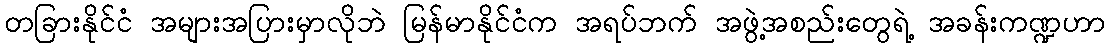
တခြားနိုင်ငံ အများအပြားမှာလိုဘဲ မြန်မာနိုင်ငံက အရပ်ဘက် အဖွဲ့အစည်းတွေရဲ့ အခန်းကဏ္ဍဟာ